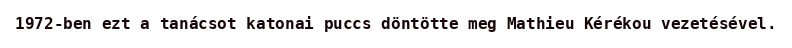
1972-ben ezt a tanácsot katonai puccs döntötte meg Mathieu Kérékou vezetésével.